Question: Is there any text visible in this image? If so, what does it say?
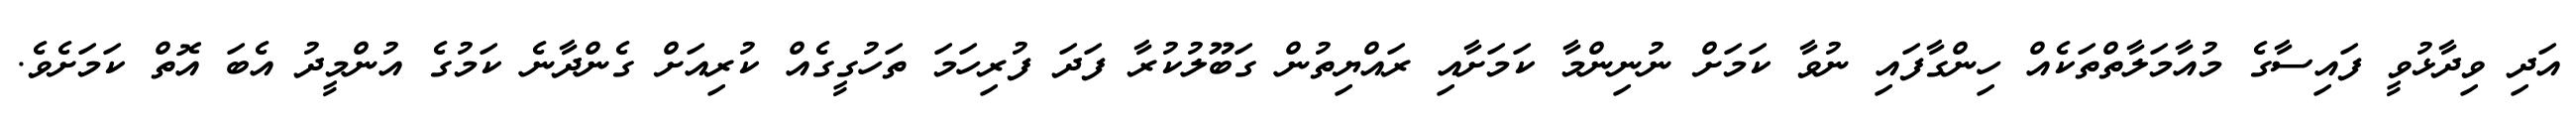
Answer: އަދި ވިދާޅުވީ ފައިސާގެ މުއާމަލާތްތަކެއް ހިންގާފައި ނުވާ ކަމަށް ނުނިންމާ ކަމަށާއި ރައްޔިތުން ގަބޫލުކުރާ ފަދަ ފުރިހަމަ ތަހުގީގެއް ކުރިއަށް ގެންދާނެ ކަމުގެ އުންމީދު އެބަ އޮތް ކަމަށެވެ.